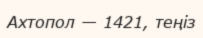
Ахтопол — 1421, теңіз